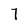
Character: 7